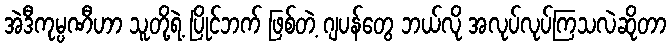
အဲဒီကုမ္ပဏီဟာ သူတို့ရဲ့ ပြိုင်ဘက် ဖြစ်တဲ့ ဂျပန်တွေ ဘယ်လို အလုပ်လုပ်ကြသလဲဆိုတာ